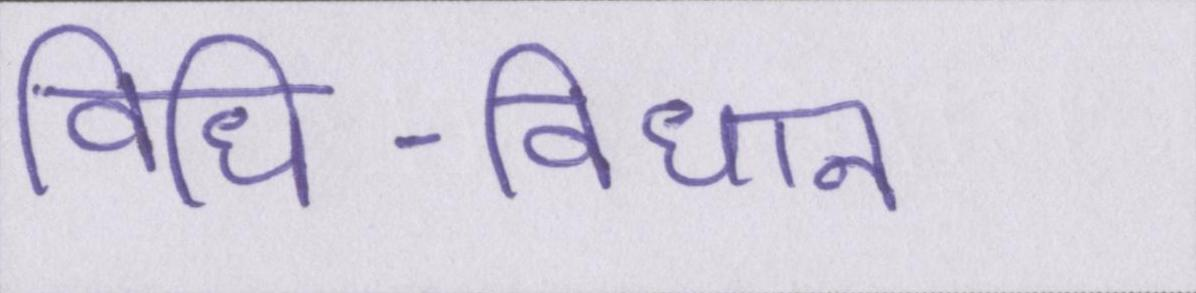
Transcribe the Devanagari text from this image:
विधि-विधान